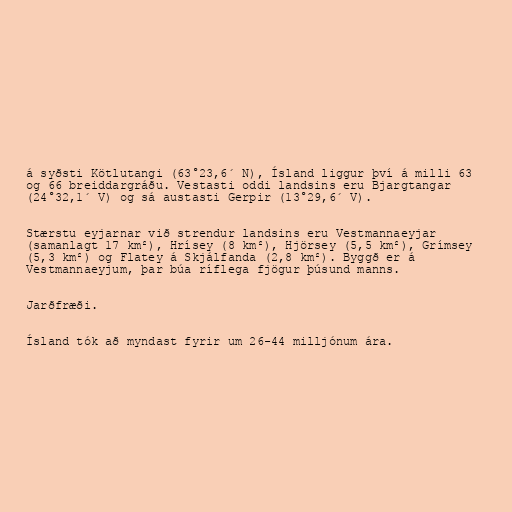
á syðsti Kötlutangi (63°23,6´ N), Ísland liggur því á milli 63
og 66 breiddargráðu. Vestasti oddi landsins eru Bjargtangar
(24°32,1´ V) og sá austasti Gerpir (13°29,6´ V).

Stærstu eyjarnar við strendur landsins eru Vestmannaeyjar
(samanlagt 17 km²), Hrísey (8 km²), Hjörsey (5,5 km²), Grímsey
(5,3 km²) og Flatey á Skjálfanda (2,8 km²). Byggð er á
Vestmannaeyjum, þar búa ríflega fjögur þúsund manns.

Jarðfræði.

Ísland tók að myndast fyrir um 26-44 milljónum ára.